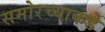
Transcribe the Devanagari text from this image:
समोरच्याकडे